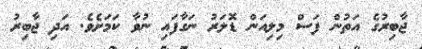
ޖާބިރުގެ އަތުން ފަސް މިލިއަން ޑޮލަރު ނަގާފައި ނުވާ ކަމަށެވެ. އަދި ޖާބިރު